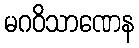
မဂဝိသာဏေန